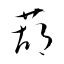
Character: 葫